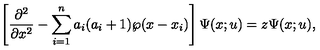
\left[ { \frac { \partial ^ { 2 } } { \partial x ^ { 2 } } } - \sum _ { i = 1 } ^ { n } a _ { i } ( a _ { i } + 1 ) \wp ( x - x _ { i } ) \right] \Psi ( x ; u ) = z \Psi ( x ; u ) ,